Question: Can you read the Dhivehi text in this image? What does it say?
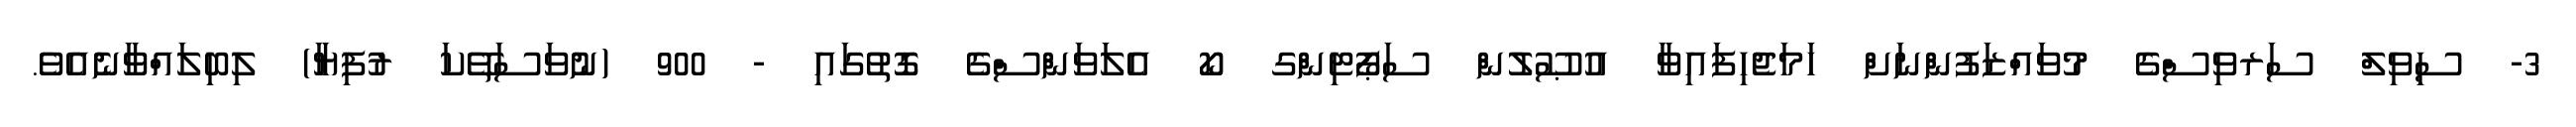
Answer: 3- ސިވިލް ސަރވިސްގެ މުވައްޒަފުންނަށް ހަމަޖެހިފައިވާ އުޞޫލުން ސަޕޯޓިންގ ކޯ އެލަވަންސްގެ ގޮތުގައި - 900 (ނުވަސަތޭކަ ރުފިޔާ) ލިބިލައްވާނެއެވެ.